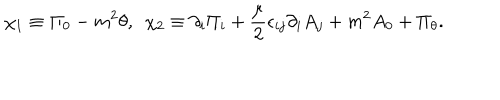
LaTeX: \chi _ { 1 } \equiv \Pi _ { 0 } - m ^ { 2 } \theta , ~ ~ \chi _ { 2 } \equiv \partial _ { i } \Pi _ { i } + { \frac { \mu } { 2 } } \epsilon _ { i j } \partial _ { i } A _ { j } + m ^ { 2 } A _ { 0 } + \Pi _ { \theta } .